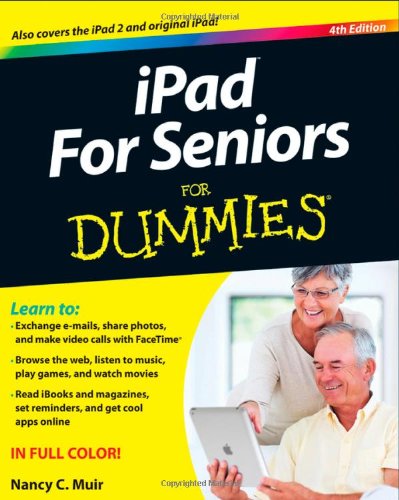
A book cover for iPad For Seniors For Dummies; Nancy C. Muir; Computers & Technology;